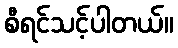
စီရင်သင့်ပါတယ်။